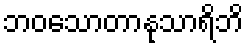
ဘဝသောတာနုသာရိဘိ